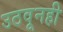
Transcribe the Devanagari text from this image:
उठवूनही